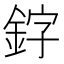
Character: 𫒛